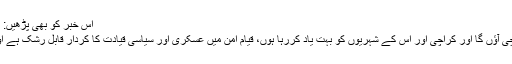
اس خبر کو بھی پڑھیں: مجھے الزامات کی بنا پر ہٹانے کا تاثرغلط ہے
سابق گورنرنے کہا کہ آئندہ چند ہفتوں میں کراچی آؤں گا اور کراچی اور اس کے شہریوں کو بہت یاد کررہا ہوں، قیامِ امن میں عسکری اور سیاسی قیادت کا کردار قابل رشک ہے اور اللہ سے دعا ہے کہ ملک میں امن قائم رہے۔